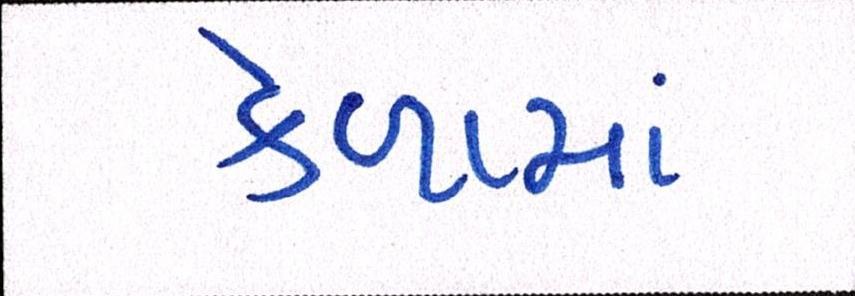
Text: કેળામાં